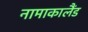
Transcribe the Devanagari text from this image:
नामाकालैंड